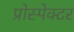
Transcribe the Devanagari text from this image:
प्रोस्पेक्टर